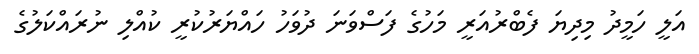
އަލީ ހަމީދު މިދިޔަ ފެބްރުއަރީ މަހުގެ ފަސްވަނަ ދުވަހު ހައްޔަރުކުރީ ކުއްލި ނުރައްކަލުގެ